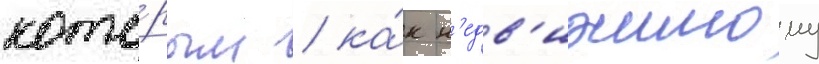
кото́рым / ка́к н'едв'ижимому